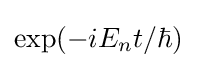
\exp(-iE_{n}t/\hbar )